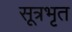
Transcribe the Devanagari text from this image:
सूत्रभृत